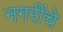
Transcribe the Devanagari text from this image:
नगरींचे